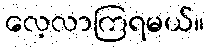
လေ့လာကြရမယ်။